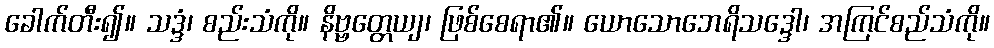
ခေါက်တီး၍။ သဒ္ဒံ၊ စည်းသံကို။ နိဗ္ဗတ္တေယျ၊ ဖြစ်စေရာ၏။ ယောသောဘေရိသဒ္ဒေါ၊ အကြင်စည်သံကို။